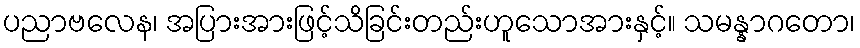
ပညာဗလေန၊ အပြားအားဖြင့်သိခြင်းတည်းဟူသောအားနှင့်။ သမန္နာဂတော၊